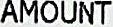
AMOUNT